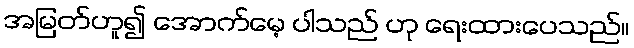
အမြတ်ဟူ၍ အောက်မေ့ ပါသည် ဟု ရေးထားပေသည်။